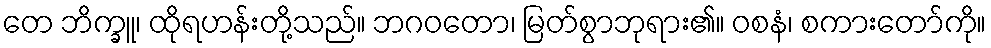
တေ ဘိက္ခူ၊ ထိုရဟန်းတို့သည်။ ဘဂဝတော၊ မြတ်စွာဘုရား၏။ ဝစနံ၊ စကားတော်ကို။